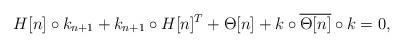
LaTeX: \begin{align*}H[n]\circ k_{n+1} + k_{n+1}\circ H[n]^T + \Theta[n] + k\circ\overline{\Theta[n]}\circ k = 0,\end{align*}